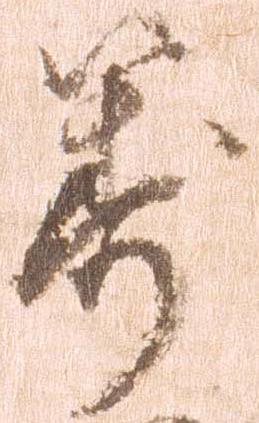
籌